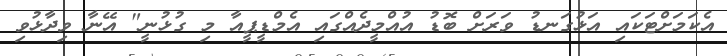
އެކަމަށްޓަކައި އަޅުގަނޑު ވަރަށް ބޮޑު އުއްމީދެއްގައި އެމްޑީޕީއާ މި ގުޅުނީ" އޭނާ ވިދާޅުވި